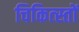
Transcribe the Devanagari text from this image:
चिकित्स्तों